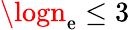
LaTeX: \logn_{\mathrm{e}}\leq3